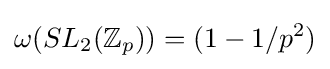
\omega (SL_{2}(\mathbb {Z} _{p}))=(1-1/p^{2})